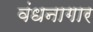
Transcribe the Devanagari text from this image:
वंधनागार